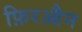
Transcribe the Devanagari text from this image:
फ़िरऔन